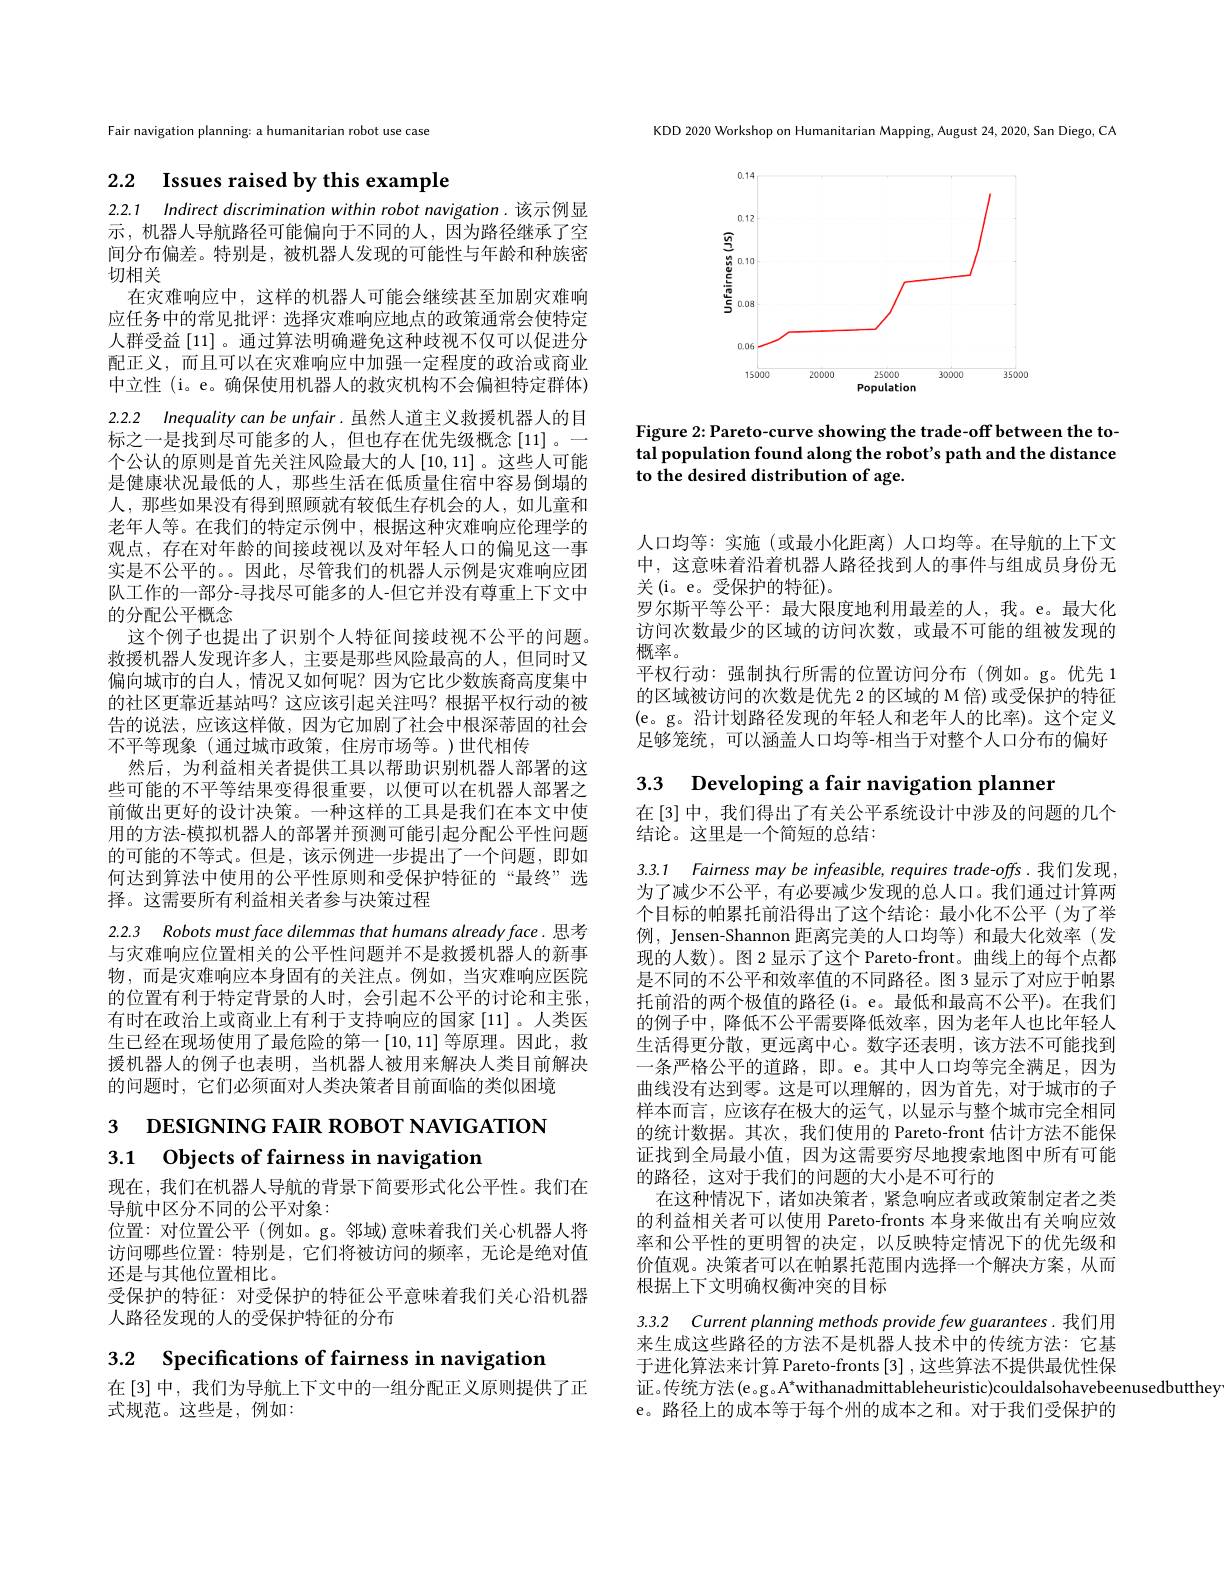
KDD 2020 Workshop on Humanitarian Mapping, August 24, 2020, San Diego, CA

<FigureHere>

Figure 2: Pareto-curve showing the trade-off between the total population found along the robot's path and the distance to the desired distribution of age.

Fair navigation planning: a humanitarian robot use case

2.2 Issues raised by this example

2.2.1 Indirect discrimination within robot navigation.该示例显示，机器人导航路径可能偏向于不同的人，因为路径继承了空间分布偏差。特别是，被机器人发现的可能性与年龄和种族密切相关
在灾难响应中，这样的机器人可能会继续甚至加剧灾难响应任务中的常见批评：选择灾难响应地点的政策通常会使特定人群受益[11]。通过算法明确避免这种歧视不仅可以促进分配正义，而且可以在灾难响应中加强一定程度的政治或商业中立性(i。e。确保使用机器人的救灾机构不会偏袒特定群体) 2.2.2 Inequality can be unfair. 虽然人道主义救援机器人的目标之一是找到尽可能多的人，但也存在优先级概念[11]。— 个公认的原则是首先关注风险最大的人[10,11]。这些人可能是健康状况最低的人，那些生活在低质量住宿中容易倒塌的人，那些如果没有得到照顾就有较低生存机会的人，如儿童和老年人等。在我们的特定示例中，根据这种灾难响应伦理学的观点，存在对年龄的间接歧视以及对年轻人口的偏见这一事实是不公平的。。因此，尽管我们的机器人示例是灾难响应团队工作的一部分-寻找尽可能多的人-但它并没有尊重上下文中的分配公平概念
这个例子也提出了识别个人特征间接歧视不公平的问题。救援机器人发现许多人，主要是那些风险最高的人，但同时又偏向城市的白人，情况又如何呢？因为它比少数族裔高度集中的社区更靠近基站吗？这应该引起关注吗？根据平权行动的被告的说法，应该这样做，因为它加剧了社会中根深蒂固的社会不平等现象(通过城市政策，住房市场等。)世代相传
然后，为利益相关者提供工具以帮助识别机器人部署的这些可能的不平等结果变得很重要，以便可以在机器人部署之前做出更好的设计决策。一种这样的工具是我们在本文中使用的方法-模拟机器人的部署并预测可能引起分配公平性问题的可能的不等式。但是，该示例进一步提出了一个问题，即如何达到算法中使用的公平性原则和受保护特征的“最终”选择。这需要所有利益相关者参与决策过程

2.2.3 Robots must face dilemmas that humans already face. 思考与灾难响应位置相关的公平性问题并不是救援机器人的新事物 ,而是灾难响应本身固有的关注点。例如，当灾难响应医院的位置有利于特定背景的人时，会引起不公平的讨论和主张， 有时在政治上或商业上有利于支持响应的国家[11]。人类医生已经在现场使用了最危险的第一$\left[10,11\right]$等原理。因此，救援机器人的例子也表明，当机器人被用来解决人类目前解决的问题时，它们必须面对人类决策者目前面临的类似困境

# 3 DESIGNING FAIR ROBOT NAVIGATION 3.1 $\textbf{Objects of fairness in navigation}$

现在，我们在机器人导航的背景下简要形式化公平性。我们在
导航中区分不同的公平对象：
位置：对位置公平(例如。g。邻域)意味着我们关心机器人将访问哪些位置：特别是，它们将被访问的频率，无论是绝对值还是与其他位置相比。
受保护的特征：对受保护的特征公平意味着我们关心沿机器
人路径发现的人的受保护特征的分布

3.2 Specifications of fairness in navigation

在[3]中，我们为导航上下文中的一组分配正义原则提供了正
式规范。这些是，例如：

人口均等：实施(或最小化距离)人口均等。在导航的上下文中，这意味着沿着机器人路径找到人的事件与组成员身份无关(i。e。受保护的特征)。
罗尔斯平等公平：最大限度地利用最差的人，我。e。最大化访问次数最少的区域的访问次数，或最不可能的组被发现的概率。
平权行动：强制执行所需的位置访问分布(例如。g。优先 1的区域被访问的次数是优先 2 的区域的 M 倍) 或受保护的特征(e。g。沿计划路径发现的年轻人和老年人的比率)。这个定义足够笼统，可以涵盖人口均等-相当于对整个人口分布的偏好

3.3 Developing a fair navigation planner

在[3]中，我们得出了有关公平系统设计中涉及的问题的几个
结论。这里是一个简短的总结：

3.3.1 Fairness may be infeasible, requires trade-offs.我们发现， 为了减少不公平，有必要减少发现的总人口。我们通过计算两个目标的帕累托前沿得出了这个结论：最小化不公平(为了举例，Jensen-Shannon 距离完美的人口均等) 和最大化效率(发现的人数)。图 2 显示了这个 Pareto-front。曲线上的每个点都是不同的不公平和效率值的不同路径。图 3 显示了对应于帕累托前沿的两个极值的路径(i。e。最低和最高不公平)。在我们的例子中，降低不公平需要降低效率，因为老年人也比年轻人生活得更分散，更远离中心。数字还表明，该方法不可能找到一条严格公平的道路，即。e。其中人口均等完全满足，因为曲线没有达到零。这是可以理解的，因为首先，对于城市的子样本而言，应该存在极大的运气，以显示与整个城市完全相同的统计数据。其次，我们使用的 Pareto-front 估计方法不能保证找到全局最小值，因为这需要穷尽地搜索地图中所有可能的路径，这对于我们的问题的大小是不可行的
在这种情况下，诸如决策者，紧急响应者或政策制定者之类的利益相关者可以使用 Pareto-fronts 本身来做出有关响应效率和公平性的更明智的决定，以反映特定情况下的优先级和价值观。决策者可以在帕累托范围内选择一个解决方案，从而根据上下文明确权衡冲突的目标

3.3.2 Current planning methods provide few guarantees.我们用来生成这些路径的方法不是机器人技术中的传统方法：它基于进化算法来计算 Pareto-fronts [3],这些算法不提供最优性保$证。传统方法(e.g.A^*withanadmittableheuristic)couldalsohavebeenusedbutthey$
e。路径上的成本等于每个州的成本之和。对于我们受保护的